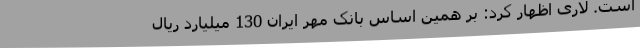
است. لاری اظهار کرد: بر همین اساس بانک مهر ایران 130 میلیارد ریال